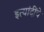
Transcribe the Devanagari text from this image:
इत्यांदींचे